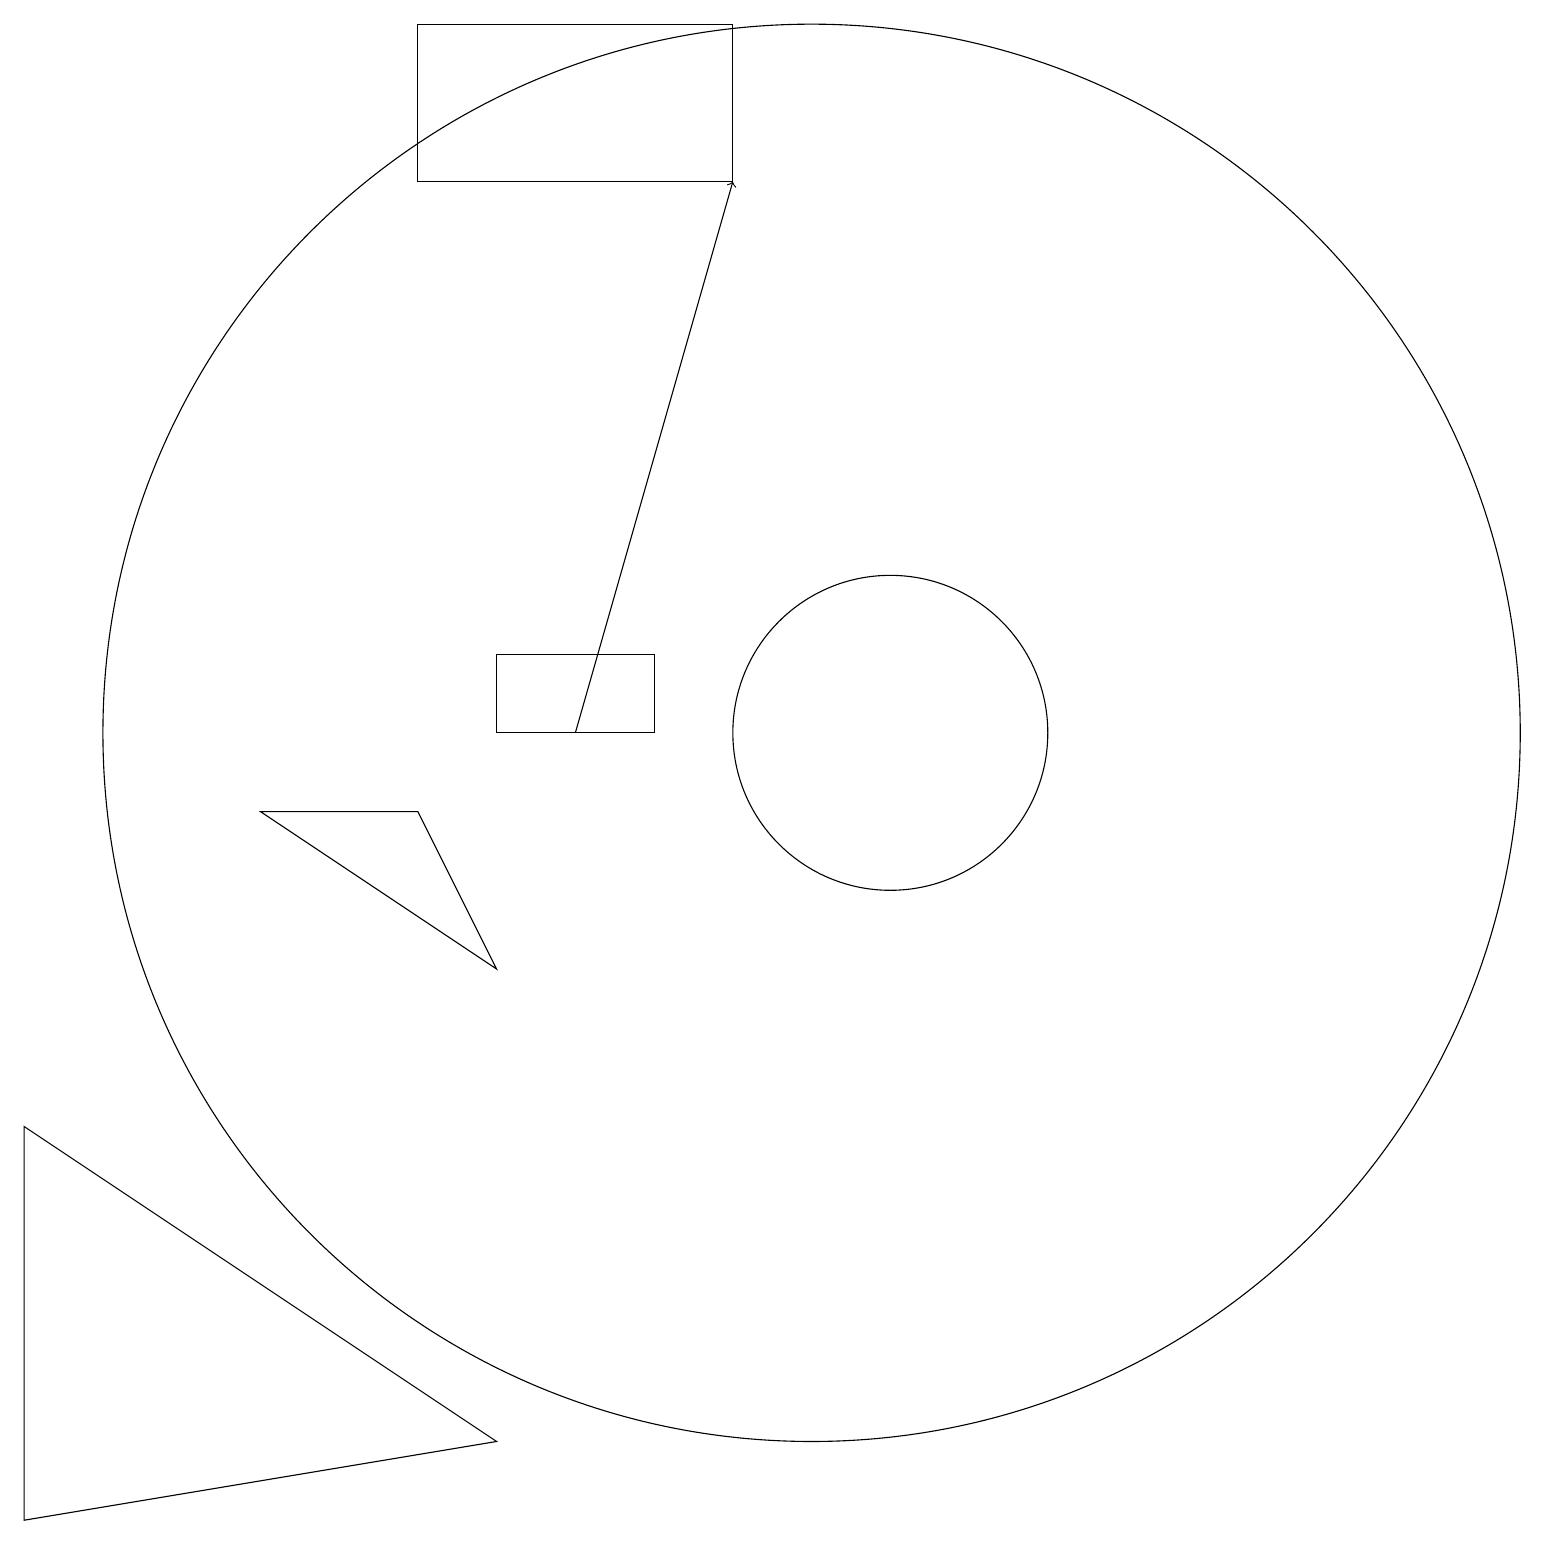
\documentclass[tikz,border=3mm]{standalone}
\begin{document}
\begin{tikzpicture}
\draw (2,17) rectangle (2,17);
\draw (8,10) rectangle (6,11);
\draw (3,9) -- (6,7) -- (5,9) -- cycle;
\draw (6,1) -- (0,5) -- (0,0) -- cycle;
\draw (11,10) circle (2);
\draw (10,10) circle (9);
\draw (9,19) rectangle (5,17);
\draw[->] (7,10) -- (9,17);
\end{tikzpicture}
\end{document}